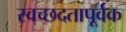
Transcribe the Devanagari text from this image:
स्वच्छदतापूर्वक